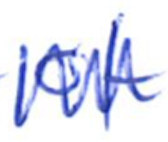
Text: of
Cross-out: zig-zag
Writing tool: ballpoint